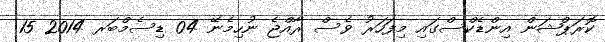
ކޮރަޕްޝަން އިންޑެކްސްގައި މިފަހަރު ވެސް ރާއްޖެ ނުހިމެނޭ 04 ޑިސެމްބަރ 2014 15